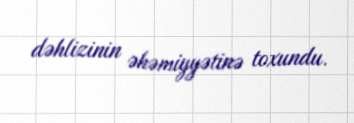
dəhlizinin əhəmiyyətinə toxundu.